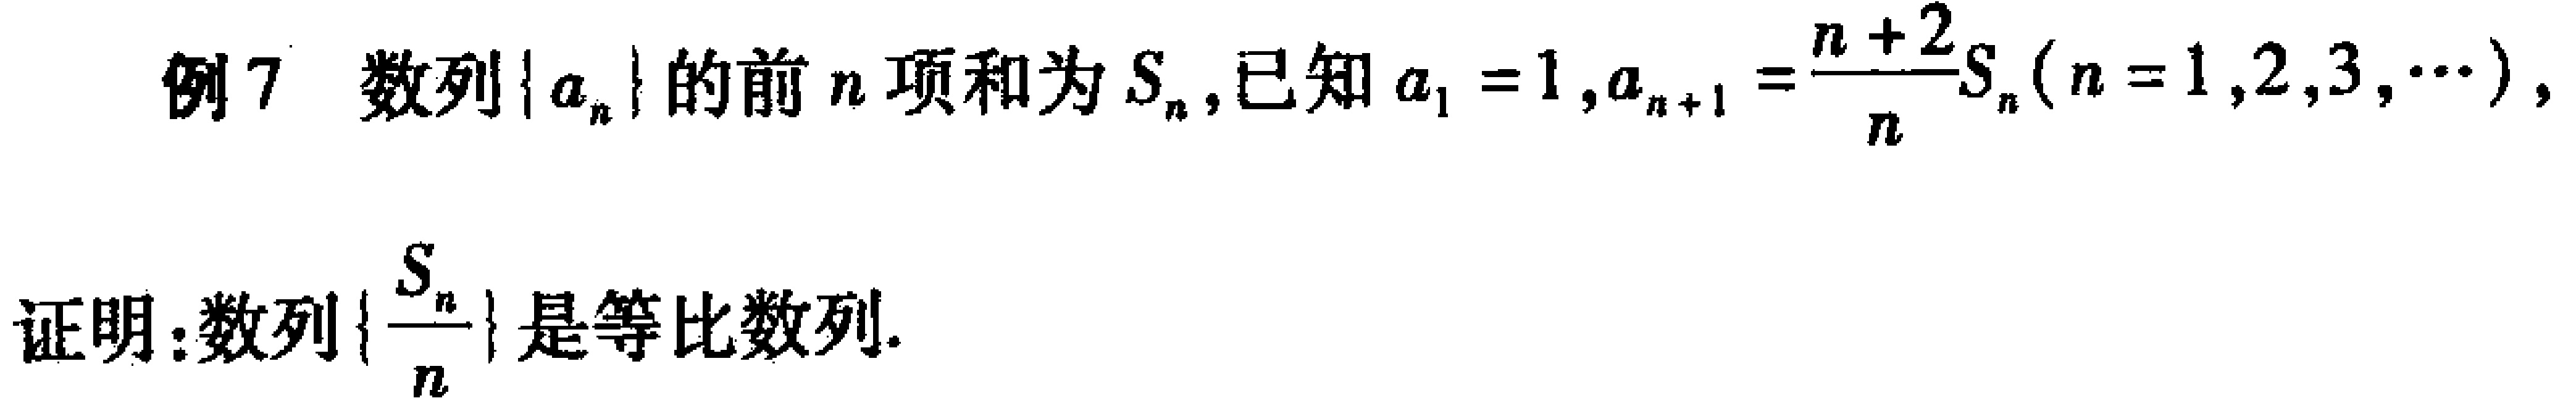
例7 数列\(\{ a_{n}\}\)的前\(n\)项和为\(S_{n}\),已知\(a_{1}=1,a_{n + 1}=\frac{n + 2}{n}S_{n}(n = 1,2,3,\cdots)\),
证明:数列\(\{\frac{S_{n}}{n}\}\)是等比数列.